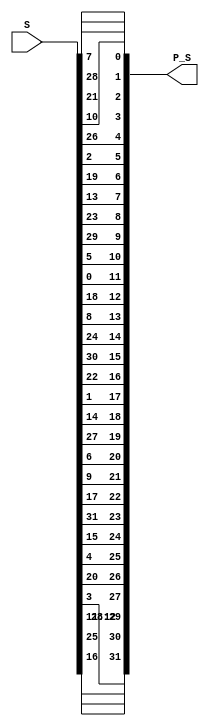
module S_permutation(
    input [0:31] S,
    output [31:0] P_S
    );
assign P_S = {S[15], S[6], S[19], S[20], S[28], S[11], S[27], S[16], S[0], S[14], S[22], S[25], S[4], S[17], S[30], S[9], S[1], S[7], S[23], S[13], S[31], S[26], S[2], S[8], S[18], S[12], S[29], S[5], S[21], S[10], S[3], S[24]};
endmodule